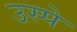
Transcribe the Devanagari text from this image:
उस्पे